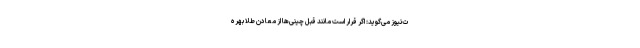
ت‌نیوز می‌گوید: اگر قرار است مانند قبل چینی‌ها از معادن طلا بهره